Lunatic asylums Madras 1892-1911 - 1892-1911
Year: 1892
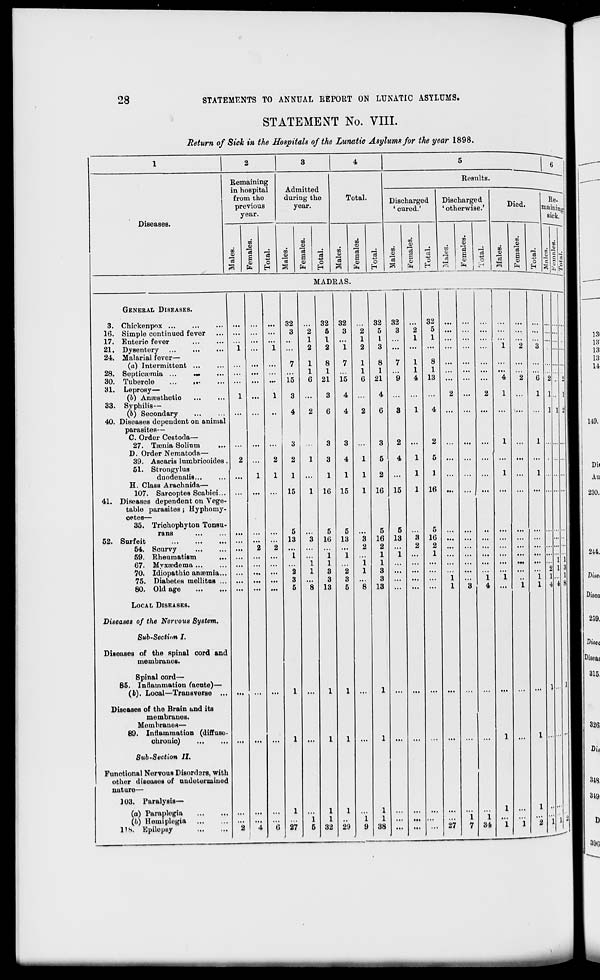
!8
STATEMENTS TO ANNUAL REPORT ON LUNATIC ASYLUMS.
STATEMENT No. VIII.
Return of Sick in the Hospitals of the Lunatic Asylums for the year 1898.
4
Diseases.
Remaining
in hospital
from the
previous
year.
Admitted
during the
year.
00
o
3
CO
o
"3
S
o
ft
o
H
CO
01
en
"a
S
<o
ft
03
O
H
Total.
c3
to
0)
s
ft
o
H
MADRAS.
3.
16.
17.
21.
24.
28.
30.
31.
33.
40.
41.
52.
GENERAL DISEASES.
Chickenpnx ...
Simple continued fever
Enteric fever
Dysentery
Malarial fever—
(a) Intermittent ...
Septicaemia ...
...
Tuberole
...
,.-
Leprosy—
(b) Anoesthetio
Syphilis—
(j>) Secondary
Diseases dependent on animal
parasites—
C. Order Cestoda—
27. Taenia Solinm
D. Order Nematoda—
39. Ascaris lumbricoides,
51. Strongylus
duodenalis...
H. Class Arachnida—
107. Sarcoptes Scabiei...
Diseases dependent on Vege-
table parasites ; Hyphomy-
oetes—
35. Triohophyton Tonsu-
rans
Surfeit
54.
59.
67.
70.
75.
80.
Scurvy
Rheumatism
...
Myxoedema ...
Idiopathio anaemia...
Diabetes mellitas ...
Old age
LOCAL DISEASES.
Diseases of the Nervous System.
Sub-Section I.
Diseases of the spinal cord and
membranes.
Spinal cord—
85. Inflammation (acote)—
(t). Local—Transverse ...
Diseases of the Brain and its
membranes.
Membranes—
89. Inflammation (diffuse-
ohrouio)
Sub-Section II.
Functional Nervous Disordars, with
other diseases of undetermined
nature—
103. Paralysis—
(a) Paraplegia
(6) Hemiplogia
l's. Epilepsy
32
3
7
15
3
4
3
2
1
15
5
13
1
27
32 32
5
3
2
1
1
2
1
2
8
7 1
1
1
21 15
6
3
4
6
4
2
3
3
3
4
1
1
1
1
16 15
1
5
5
16 13
3
2
1
1
1
i
3
2
1
3
3
13
5
8
1
1 ...
1
1 ...
1
1
1
1
32 29
9
32
5
1.
3
8
1
21
3
5
2
16
5
16
2
1
1
3
3
13
1
1
38
Results.
Discharged
' cured.'
CO
3
CO
o
ft
o
32
3
2
4
15
5
13
32
5
1
8
1
13
2
5
1
16
16
2
1
Discharged
' otherwise.'
DO
CD
"ci
1
4)
; ft
Died.
Re.
mainiag
sick.
on
0)
cc
on
08
a TS o - _.
rt
V
0
.-
A ft &H % e
27
1
34